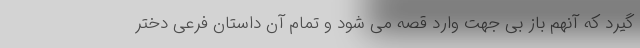
گیرد که آنهم باز بی جهت وارد قصه می شود و تمام آن داستان فرعی دختر